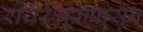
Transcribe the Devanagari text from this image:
रायरेश्वरापासून